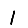
Digit: 1